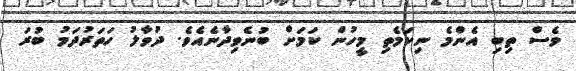
ވެސް ތިބި އެންމެ ނިކަމެތި މީހުން ކަމަށް ބުނެވިދާނެއެވެ. ދުވާލު ހަތަރުދަމު ބުރަ